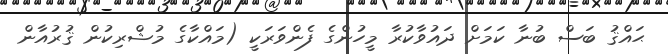
ޙައްޤު ބަސް ބުނާ ކަމަށް ދައުވާކުރާ މީހުންގެ ފެންވަރަކީ (މައްކާގެ މުޝްރިކުން ޤުރުއާން